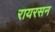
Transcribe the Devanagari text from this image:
रायरसन